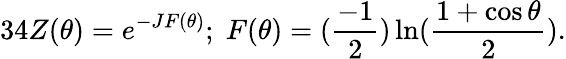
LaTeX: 34Z(\theta)=e^{-JF(\theta)};\; F(\theta)=(\frac{-1}{2})\ln(\frac{1+\cos\theta}{2}).